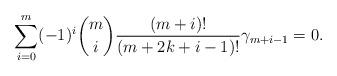
LaTeX: \begin{align*} \sum\limits_{i=0}^m (-1)^i {m\choose i} \frac{(m+i)!}{(m+2k+i-1)!} \gamma_{m+i-1} = 0.\end{align*}